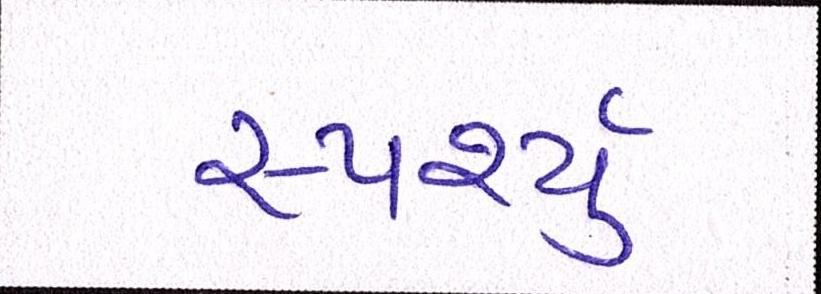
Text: સ્પર્શ્યું